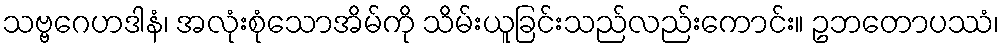
သဗ္ဗဂေဟဒါနံ၊ အလုံးစုံသောအိမ်ကို သိမ်းယူခြင်းသည်လည်းကောင်း။ ဥဘတောပဿံ၊